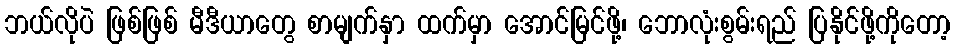
ဘယ်လိုပဲ ဖြစ်ဖြစ် မီဒီယာတွေ စာမျက်နှာ ထက်မှာ အောင်မြင်ဖို့၊ ဘောလုံးစွမ်းရည် ပြနိုင်ဖို့ကိုတော့